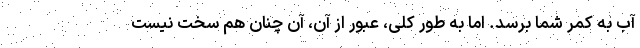
آب به کمر شما برسد. اما به طور کلی، عبور از آن، آن چنان هم سخت نیست